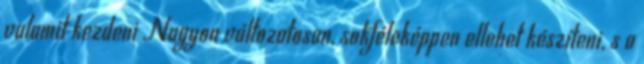
valamit kezdeni Nagyon változatosan, sokféleképpen ellehet készíteni, s a